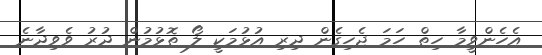
އެހެންވީމާ ހިތް ހަމަ ޖެހިގެން ދިރި އުޅުމަކީ ލޯ ތޮޅުމުން ދުރު ވެވިދާނެ